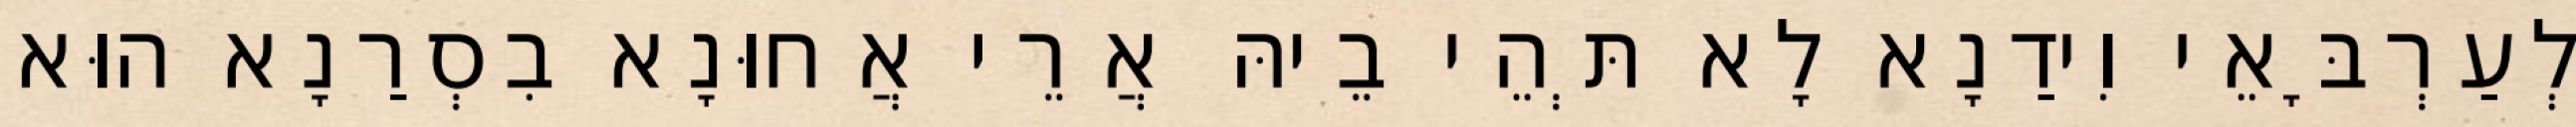
לְעַרְבָּאֵי וִידַנָא לָא תְּהֵי בֵיהּ אֲרֵי אֲחוּנָא בִסְרַנָא הוּא